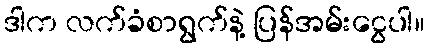
ဒါက လက်ခံစာရွက်နဲ့ ပြန်အမ်းငွေပါ။